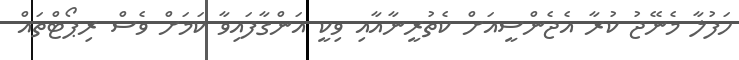
ހަފުލާ މެނޭޖު ކުރާ އެޖެންސީއަށް ކެތުރީނާއާއި ވިކީ އަންގާފައިވާ ކަމަށް ވެސް ރިޕޯޓްތައް